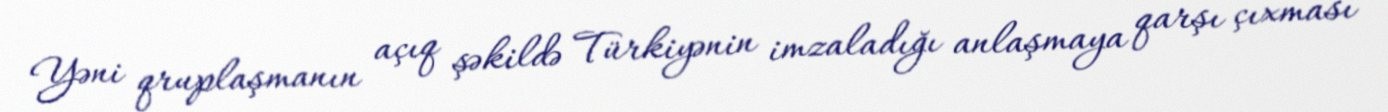
Yəni qruplaşmanın açıq şəkildə Türkiyənin imzaladığı anlaşmaya qarşı çıxması